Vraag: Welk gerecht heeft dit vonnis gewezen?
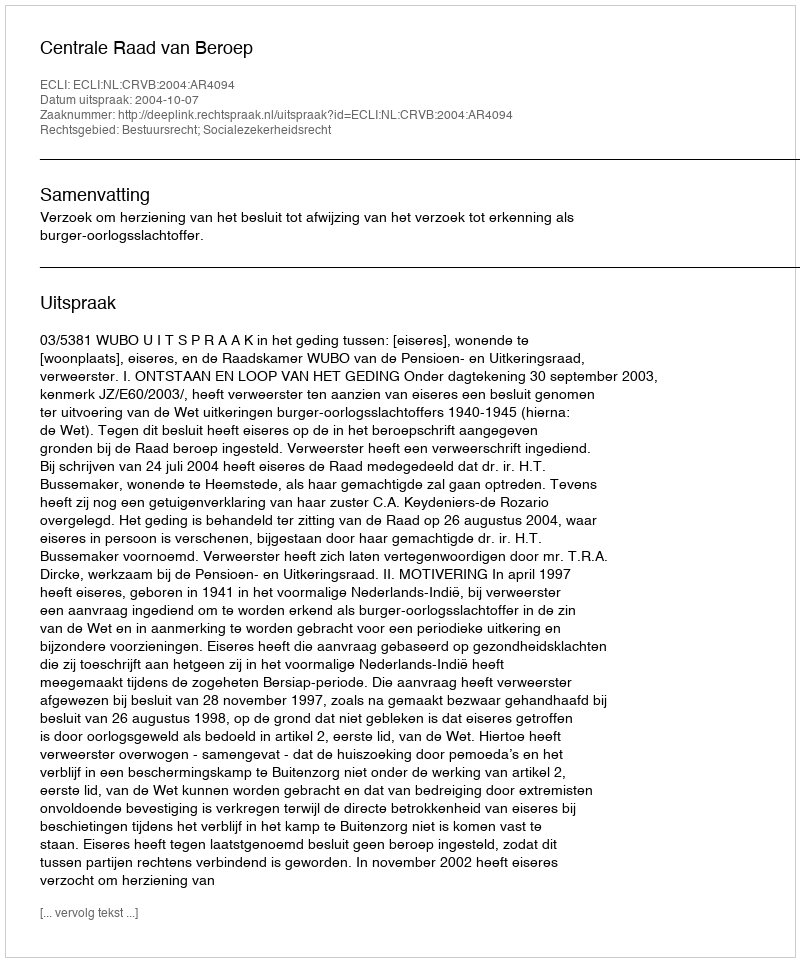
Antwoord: Centrale Raad van Beroep